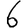
Digit: 6